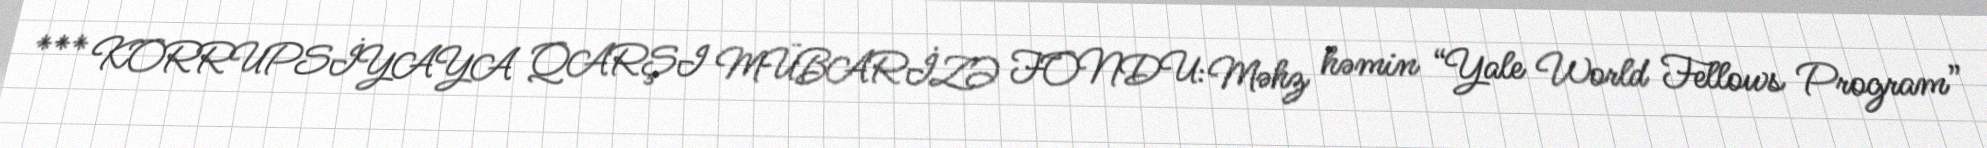
*** KORRUPSİYAYA QARŞI MÜBARİZƏ FONDU: Məhz həmin “Yale World Fellows Program”